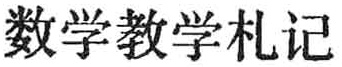
数学教学札记